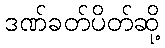
ဒဏ်ခတ်ပိတ်ဆို့